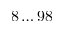
8 \dots 9 8